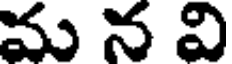
మ న వి